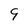
Character: 9